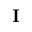
{ \bf I }